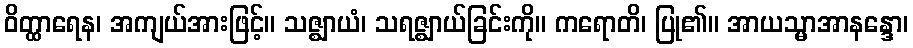
ဝိတ္ထာရေန၊ အကျယ်အားဖြင့်။ သဇ္ဈာယံ၊ သရဇ္ဈာယ်ခြင်းကို။ ကရောတိ၊ ပြု၏။ အာယသ္မာအာနန္ဒော၊